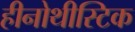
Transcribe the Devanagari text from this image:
हीनोथीस्टिक